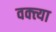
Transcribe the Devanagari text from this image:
वक्त्त्या